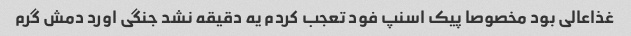
غذاعالی بود مخصوصا پیک اسنپ فود تعجب کردم یه دقیقه نشد جنگی اورد دمش گرم